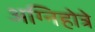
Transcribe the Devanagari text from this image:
अग्निहोत्रे